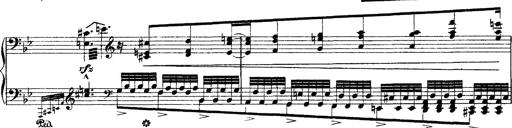
Title: Grandes Ã©tudes de Paganini
Composer: Franz Liszt